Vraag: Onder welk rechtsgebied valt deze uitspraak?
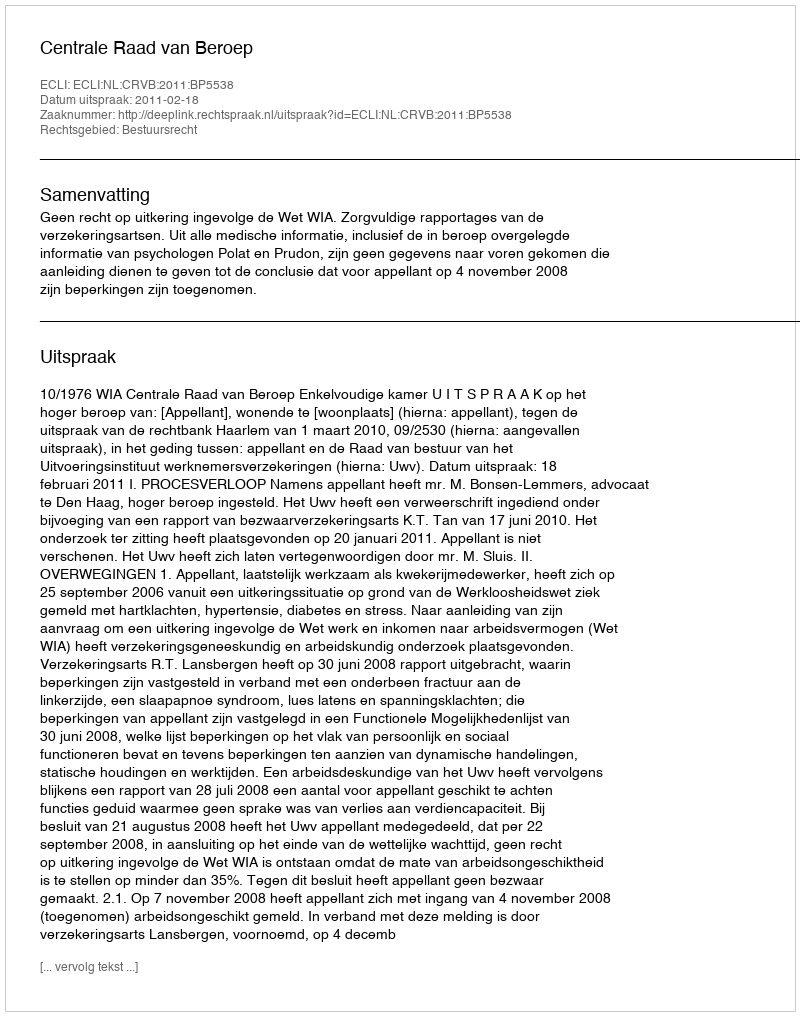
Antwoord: Bestuursrecht